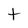
Character: t